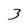
Character: 3